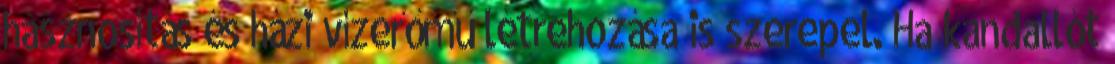
hasznosítás és házi vízerőmű létrehozása is szerepel. Ha kandallót